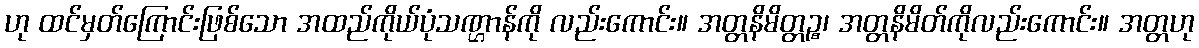
ဟု ထင်မှတ်ကြောင်းဖြစ်သော အထည်ကိုယ်ပုံသဏ္ဌာန်ကို လည်းကောင်း။ အတ္တနိမိတ္တဉ္စ၊ အတ္တနိမိတ်ကိုလည်းကောင်း။ အတ္တဟု